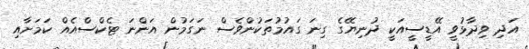
އަދި ވިދާޅުވީ އޭޑީސީއަކީ ދުނިޔޭގެ ގިނަ ގައުމުތަކުންވެސް ނަގަމުން އަންނަ ޓެކްސްއެއް ކަމަށާއި